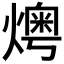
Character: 𤏓